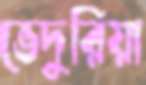
ভেদুরিয়া